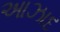
આઝાદ